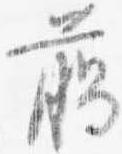
臈